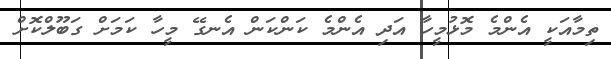
ތިމާއަކީ އެންމެ މޮޅުމީހާ އަދި އެންމެ ކަންކަން އެނގޭ މީހާ ކަމަށް ގަބޫލްކޮށް